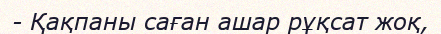
- Қақпаны саған ашар рұқсат жоқ,